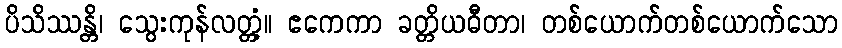
ပိသိဿန္တိ၊ သွေးကုန်လတ္တံ့။ ဧကေကာ ခတ္တိယဓီတာ၊ တစ်ယောက်တစ်ယောက်သော